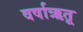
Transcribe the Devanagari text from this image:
वर्षाऋतू